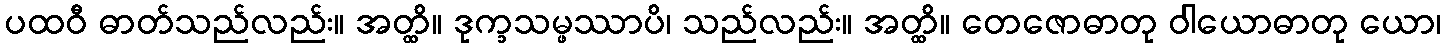
ပထဝီ ဓာတ်သည်လည်း။ အတ္ထိ။ ဒုက္ခသမ္ဖဿာပိ၊ သည်လည်း။ အတ္ထိ။ တေဇောဓာတု ဝါယောဓာတု ယော၊